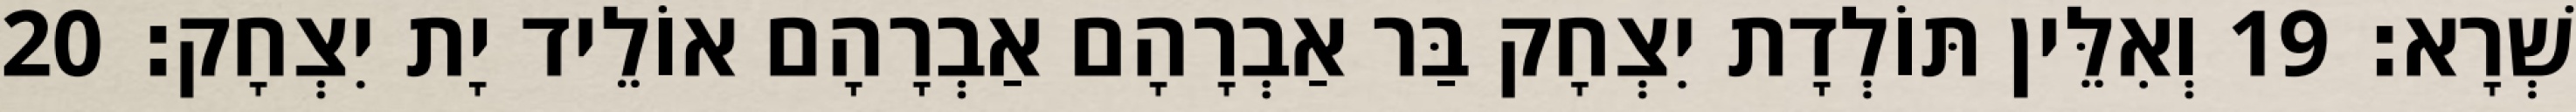
שְׁרָא׃ 19 וְאִלֵּין תּוֹלְדָת יִצְחָק בַּר אַבְרָהָם אַבְרָהָם אוֹלֵיד יָת יִצְחָק׃ 20